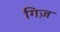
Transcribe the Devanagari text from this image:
गिज़